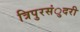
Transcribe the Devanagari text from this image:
त्रिपुरसंुदरी